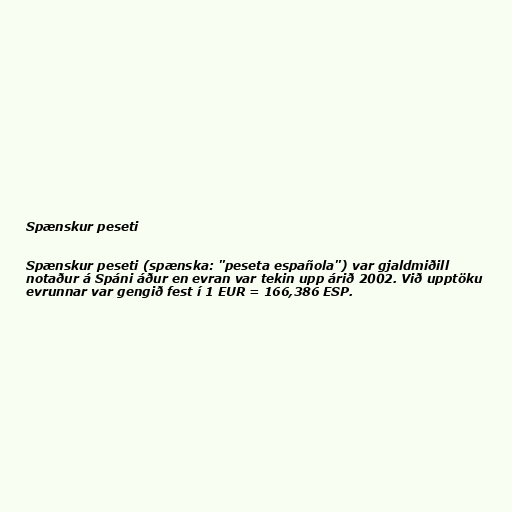
Spænskur peseti

Spænskur peseti (spænska: "peseta española") var gjaldmiðill
notaður á Spáni áður en evran var tekin upp árið 2002. Við upptöku
evrunnar var gengið fest í 1 EUR = 166,386 ESP.